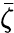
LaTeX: \bar{\zeta}